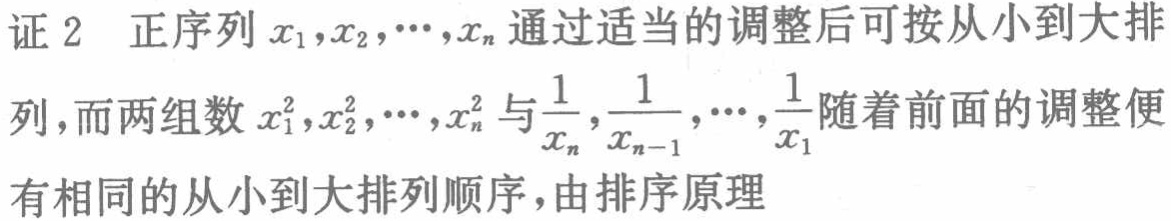
证 2 正序列 \(x_{1},x_{2},\cdots,x_{n}\) 通过适当的调整后可按从小到大排列，而两组数 \(x_{1}^{2},x_{2}^{2},\cdots,x_{n}^{2}\) 与 \(\frac{1}{x_{n}},\frac{1}{x_{n - 1}},\cdots,\frac{1}{x_{1}}\) 随着前面的调整便有相同的从小到大排列顺序，由排序原理